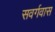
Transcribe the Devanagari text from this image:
सवर्गवास